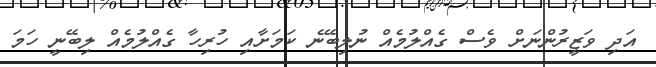
އަދި ވަޒީރުންނަށް ވެސް ގެއްލުމެއް ނުލިބޭނެ ކަމަށާއި ހުރިހާ ގެއްލުމެއް ލިބޭނީ ހަމަ